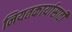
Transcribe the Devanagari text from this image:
नियतकार्यासाठी